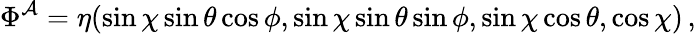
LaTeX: \Phi^{\mathcal{A}}=\eta(\sin\chi\sin\theta\cos\phi,\sin\chi\sin\theta\sin\phi,\sin\chi\cos\theta,\cos\chi)\, ,